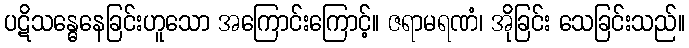
ပဋိသန္ဓေနေခြင်းဟူသော အကြောင်းကြောင့်။ ဇရာမရဏံ၊ အိုခြင်း သေခြင်းသည်။